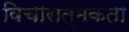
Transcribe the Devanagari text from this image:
विचारात्मकता